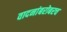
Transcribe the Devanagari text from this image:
वादनांबरोबरच